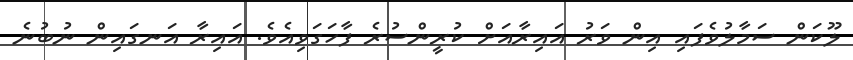
ލޫކަން ސަމާލުވެފައި އިން ވަރު އައިރާއަށް ކުރީންސުރެ ފާހަގަވިއެވެ. އައިރާ އަނގައިން ނުބުނެ